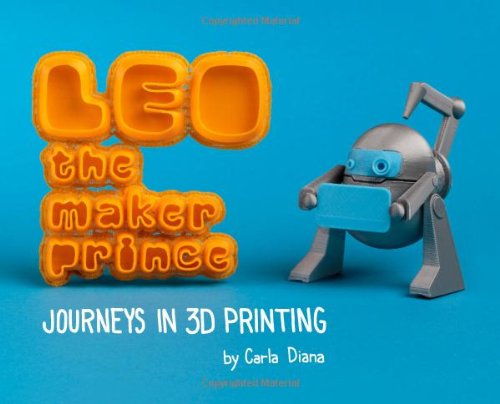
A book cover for LEO the Maker Prince: Journeys in 3D Printing; Carla Diana; Computers & Technology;